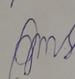
Signature authenticity: forged